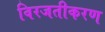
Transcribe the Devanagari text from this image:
विरजतीकरण